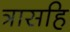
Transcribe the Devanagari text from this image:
त्रासहि